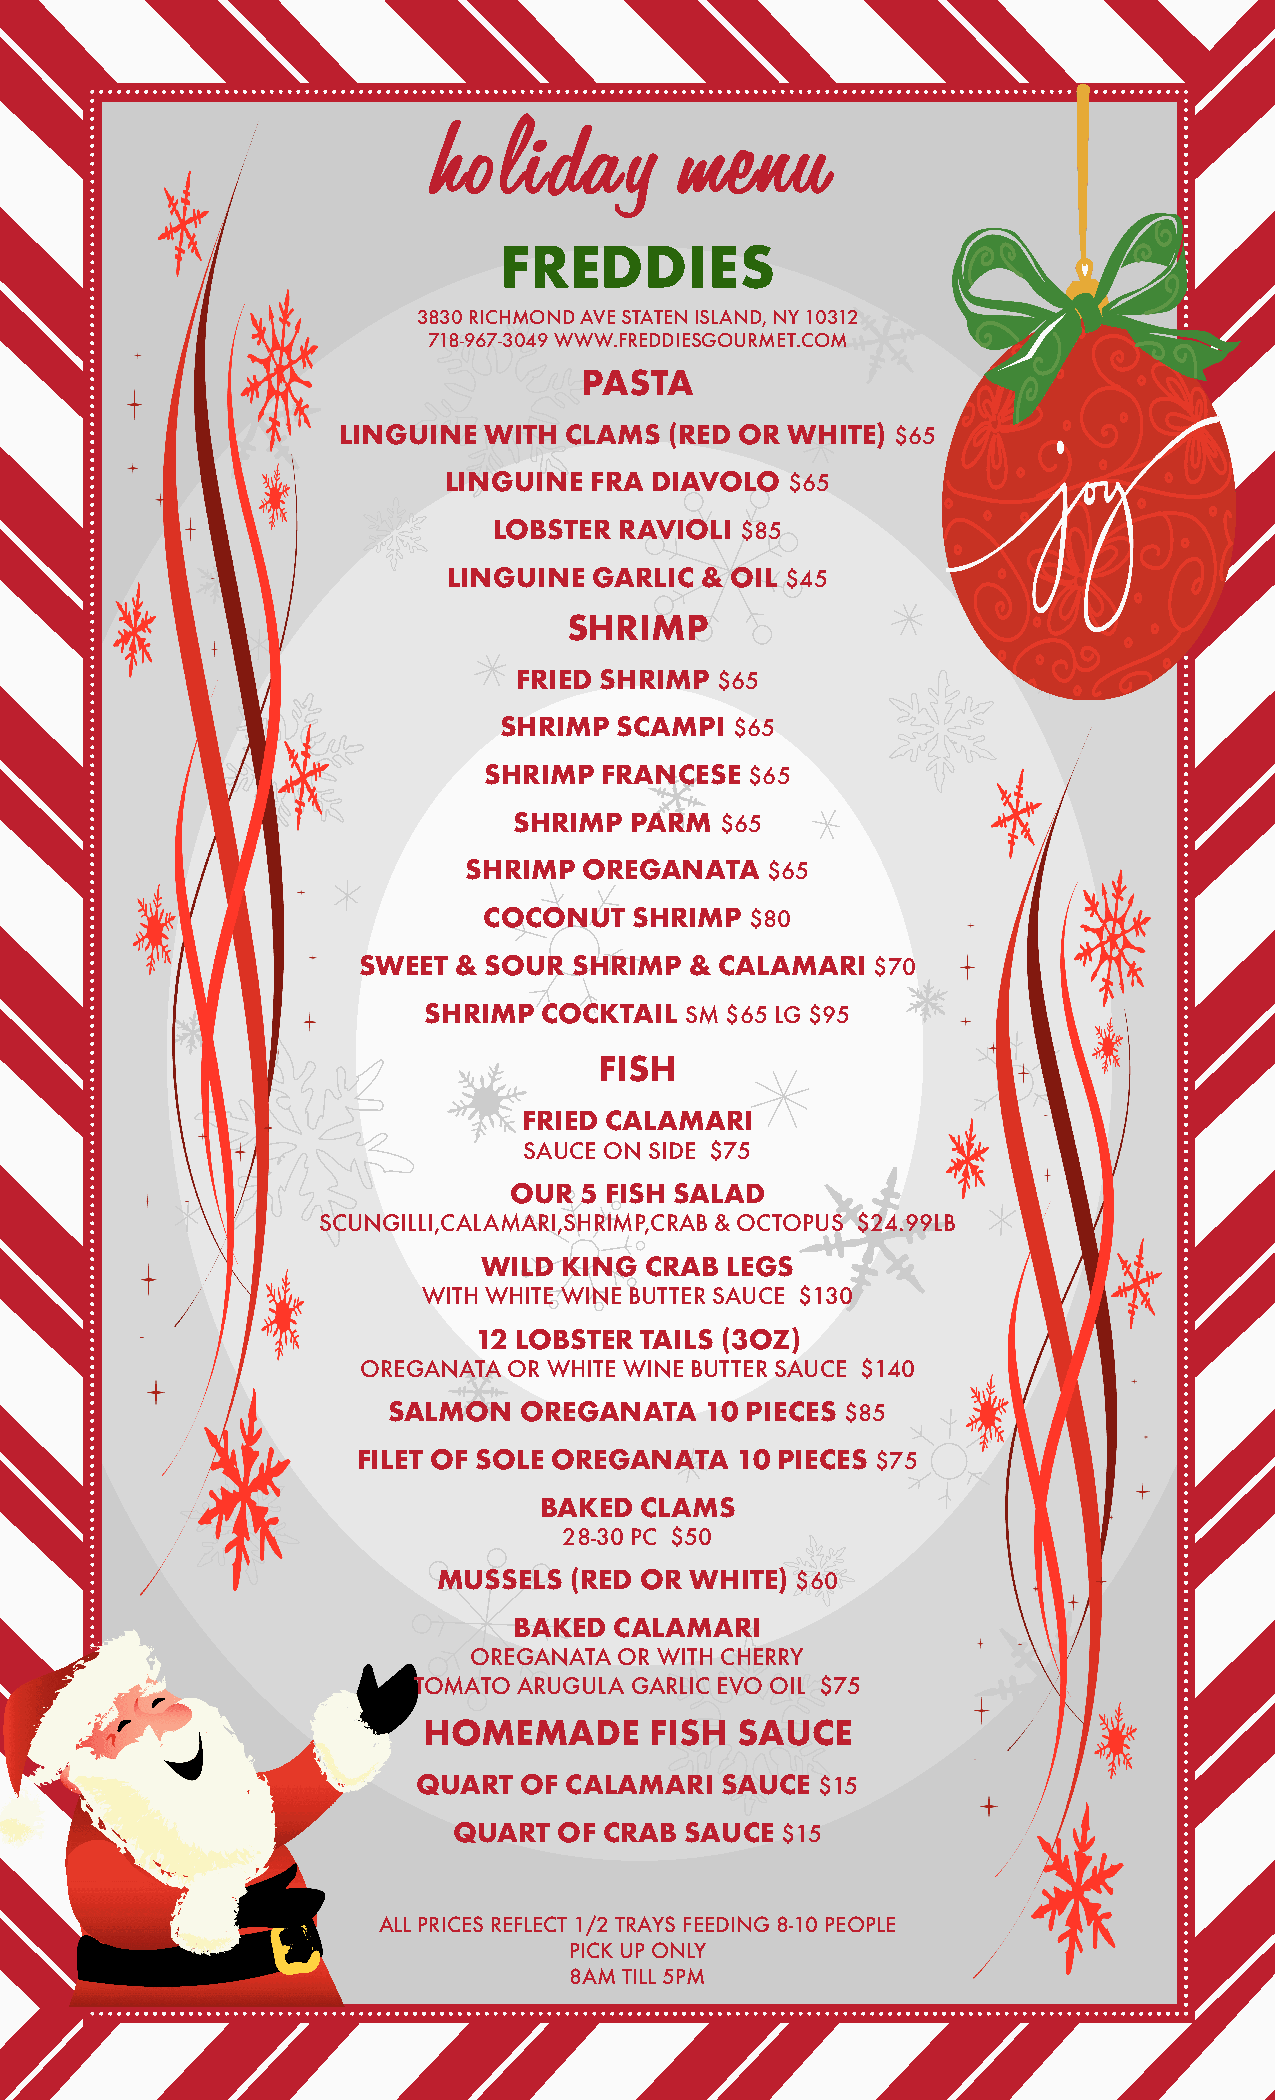
holiday         menu
 FREDDIES
 3830 RICHMOND AVE STATEN ISLAND, NY 10312
 718-967-3049 WWW.FREDDIESGOURMET.COM
 PASTA
 LINGUINE  WITH CLAMS  (RED OR WHITE) $65
 LINGUINE  FRA DIAVOLO  $65
 LOBSTER  RAVIOLI $85
 LINGUINE  GARLIC & OIL $45
 SHRIMP
 FRIED SHRIMP $65
 SHRIMP  SCAMPI $65
 SHRIMP  FRANCESE $65
 SHRIMP PARM  $65
 SHRIMP OREGANATA    $65
 COCONUT   SHRIMP $80
 SWEET & SOUR  SHRIMP & CALAMARI   $70
 SHRIMP  COCKTAIL SM $65 LG $95
 FISH
 FRIED CALAMARI
 SAUCE ON SIDE $75
 OUR  5 FISH SALAD
 SCUNGILLI,CALAMARI,SHRIMP,CRAB & OCTOPUS $24.99LB
 WILD KING CRAB  LEGS
 WITH WHITE WINE BUTTER SAUCE $130
 12 LOBSTER TAILS (3OZ)
 OREGANATA OR WHITE WINE BUTTER SAUCE $140
 SALMON   OREGANATA   10 PIECES $85
 FILET OF SOLE OREGANATA   10 PIECES $75
 BAKED  CLAMS
 28-30 PC $50
 MUSSELS (RED OR WHITE) $60
 BAKED CALAMARI
 OREGANATA OR WITH CHERRY
 TOMATO ARUGULA GARLIC EVO OIL $75
 HOMEMADE       FISH  SAUCE
 QUART  OF CALAMARI   SAUCE $15
 QUART  OF CRAB SAUCE $15
 ALL PRICES REFLECT 1/2 TRAYS FEEDING 8-10 PEOPLE
 PICK UP ONLY
 8AM TILL 5PM